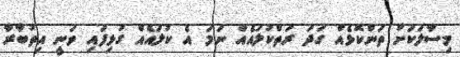
މިސާލަކަށް ތަންކޮޅެއް ގަދަ ރަތްކުލައެއް ނަމަ އެ ކުލައެއް ގުޅިފައި ވަނީ އިތުބާރާ